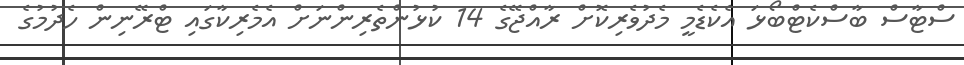
ސްޓާސް ބާސްކެޓްބޯޅަ އެކެޑެމީ މެދުވެރިކޮށް ރާއްޖޭގެ 14 ކުޅުންތެރިންނަށް އެމެރިކާގައި ޓްރޭނިން ހެދުމުގެ